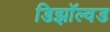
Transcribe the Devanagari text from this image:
डिझॉल्वड